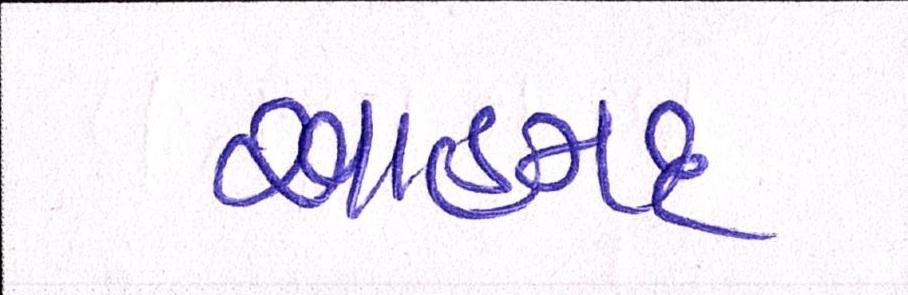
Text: આહમદ